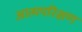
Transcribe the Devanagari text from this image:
आत्मपरिक्षण